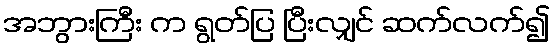
အဘွားကြီး က ရွတ်ပြ ပြီးလျှင် ဆက်လက်၍